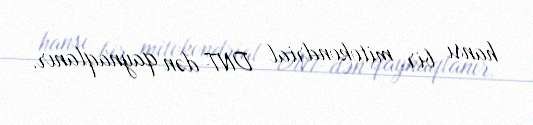
hansı bir mitokondrial DNT-dən qaynaqlanır.